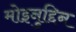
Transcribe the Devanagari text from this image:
मोइनुद्दिन